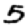
Digit: 5